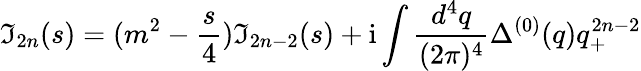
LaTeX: \mathfrak{I}_{2n}(s)=(m^{2}-\frac{{s}}{{4}})\mathfrak{I}_{2n-2}(s)+\mathrm{{i}}\int\frac{{d^{4}q}}{{(2\pi)^{4}}}\Delta^{(0)}(q)q_{+}^{2n-2}